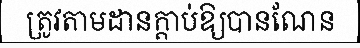
ត្រូវតាមដានក្តាប់ឱ្យបានណែន